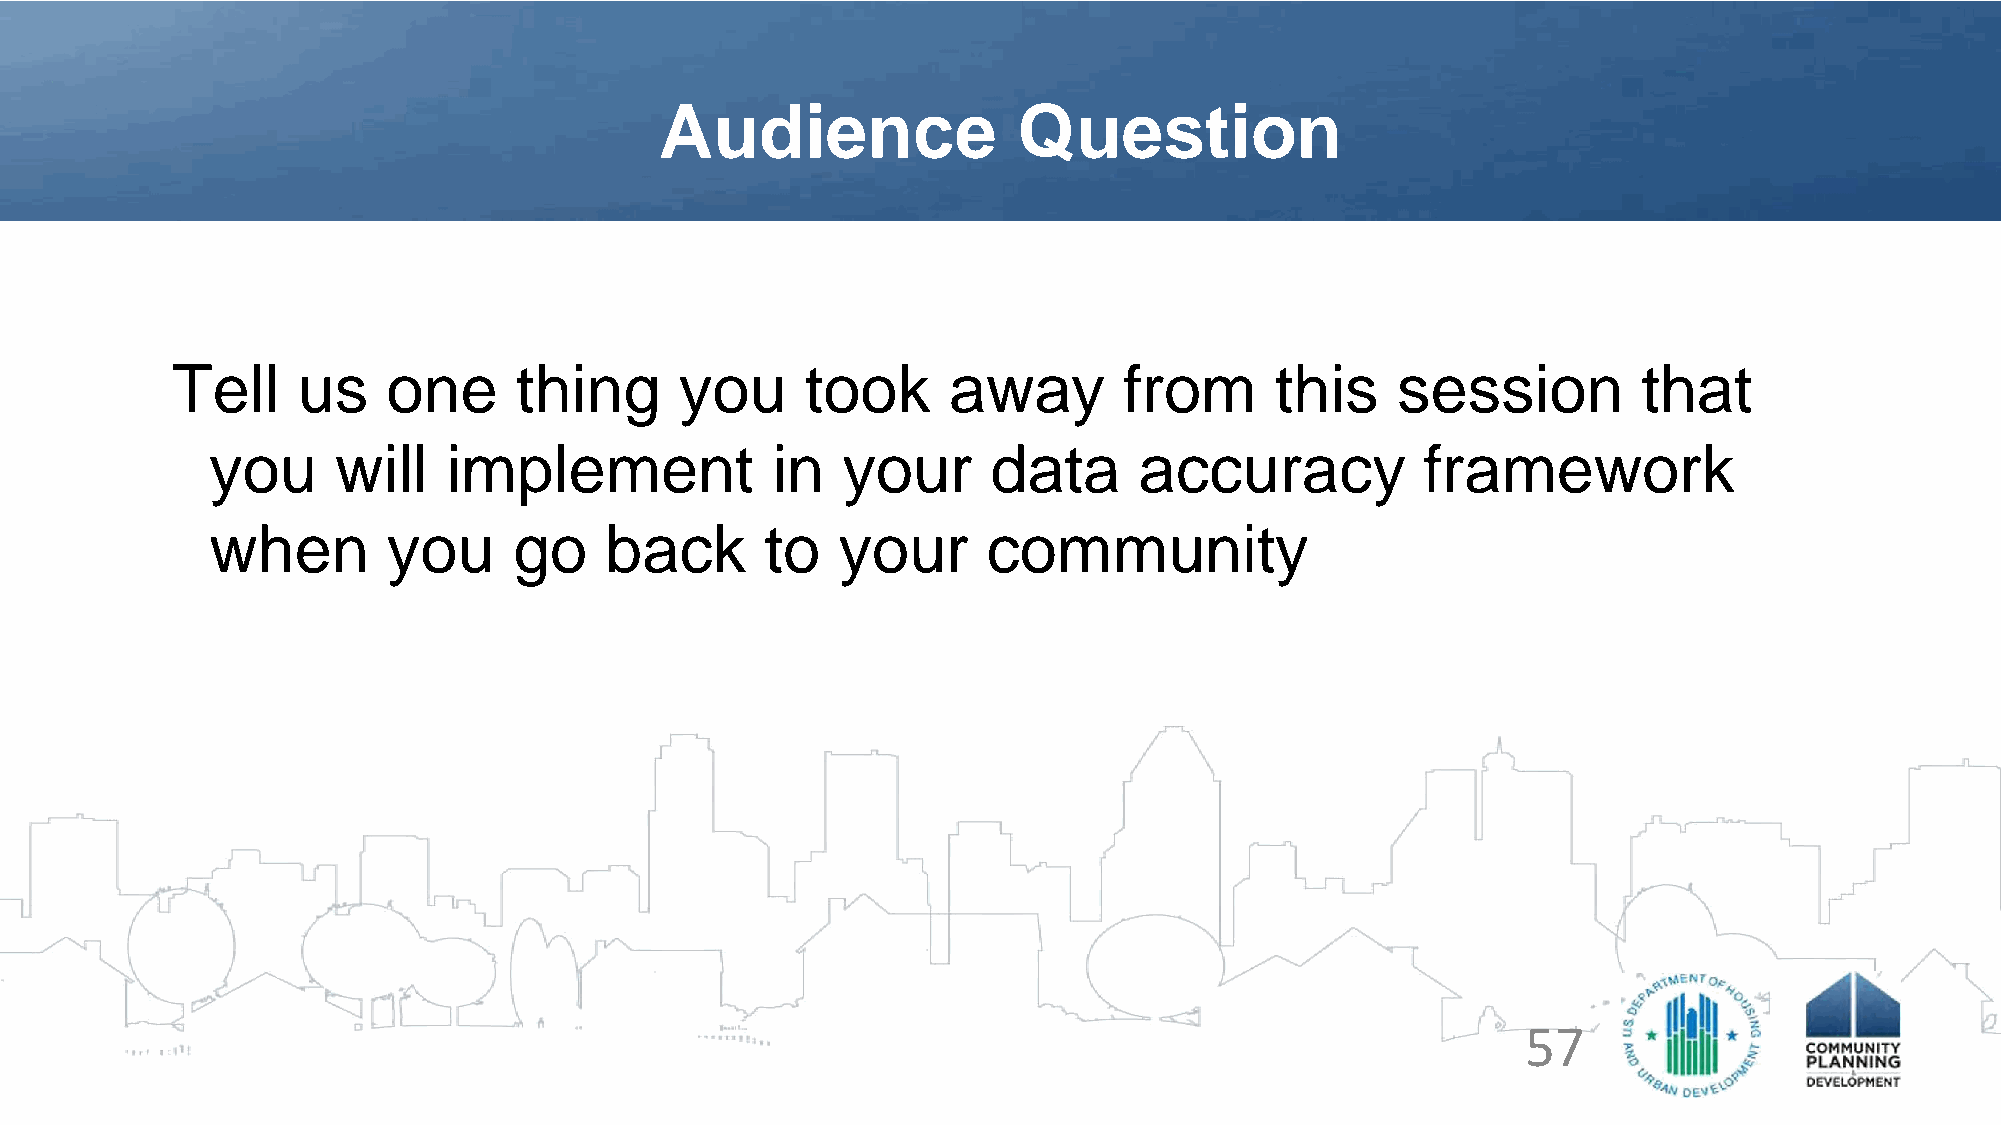
Audience               Question
 Tell     us    one     thing      you     took      away       from      this    session          that
 you     will    implement            in   your      data     accuracy           framework
 when        you     go    back       to  your      community
 57